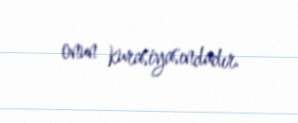
onun kurasiyasındadır.